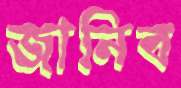
জানিব